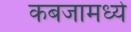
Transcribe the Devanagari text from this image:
कबजामध्ये